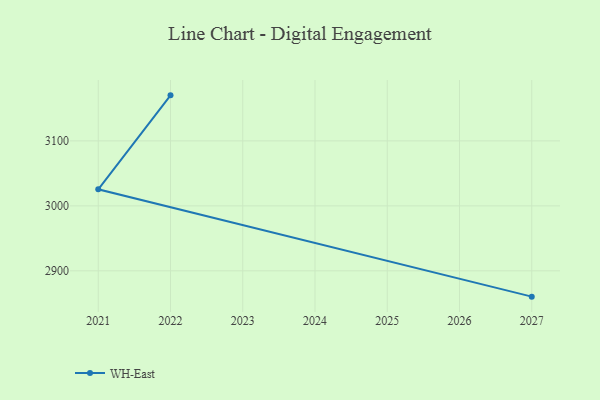
{"axis": {"x": "Year", "y": "Page Views"}, "legend": ["WH-East"], "data": [{"x": "2027", "y": 2860.3, "type": "WH-East"}, {"x": "2021", "y": 3025.5, "type": "WH-East"}, {"x": "2022", "y": 3170.1, "type": "WH-East"}]}